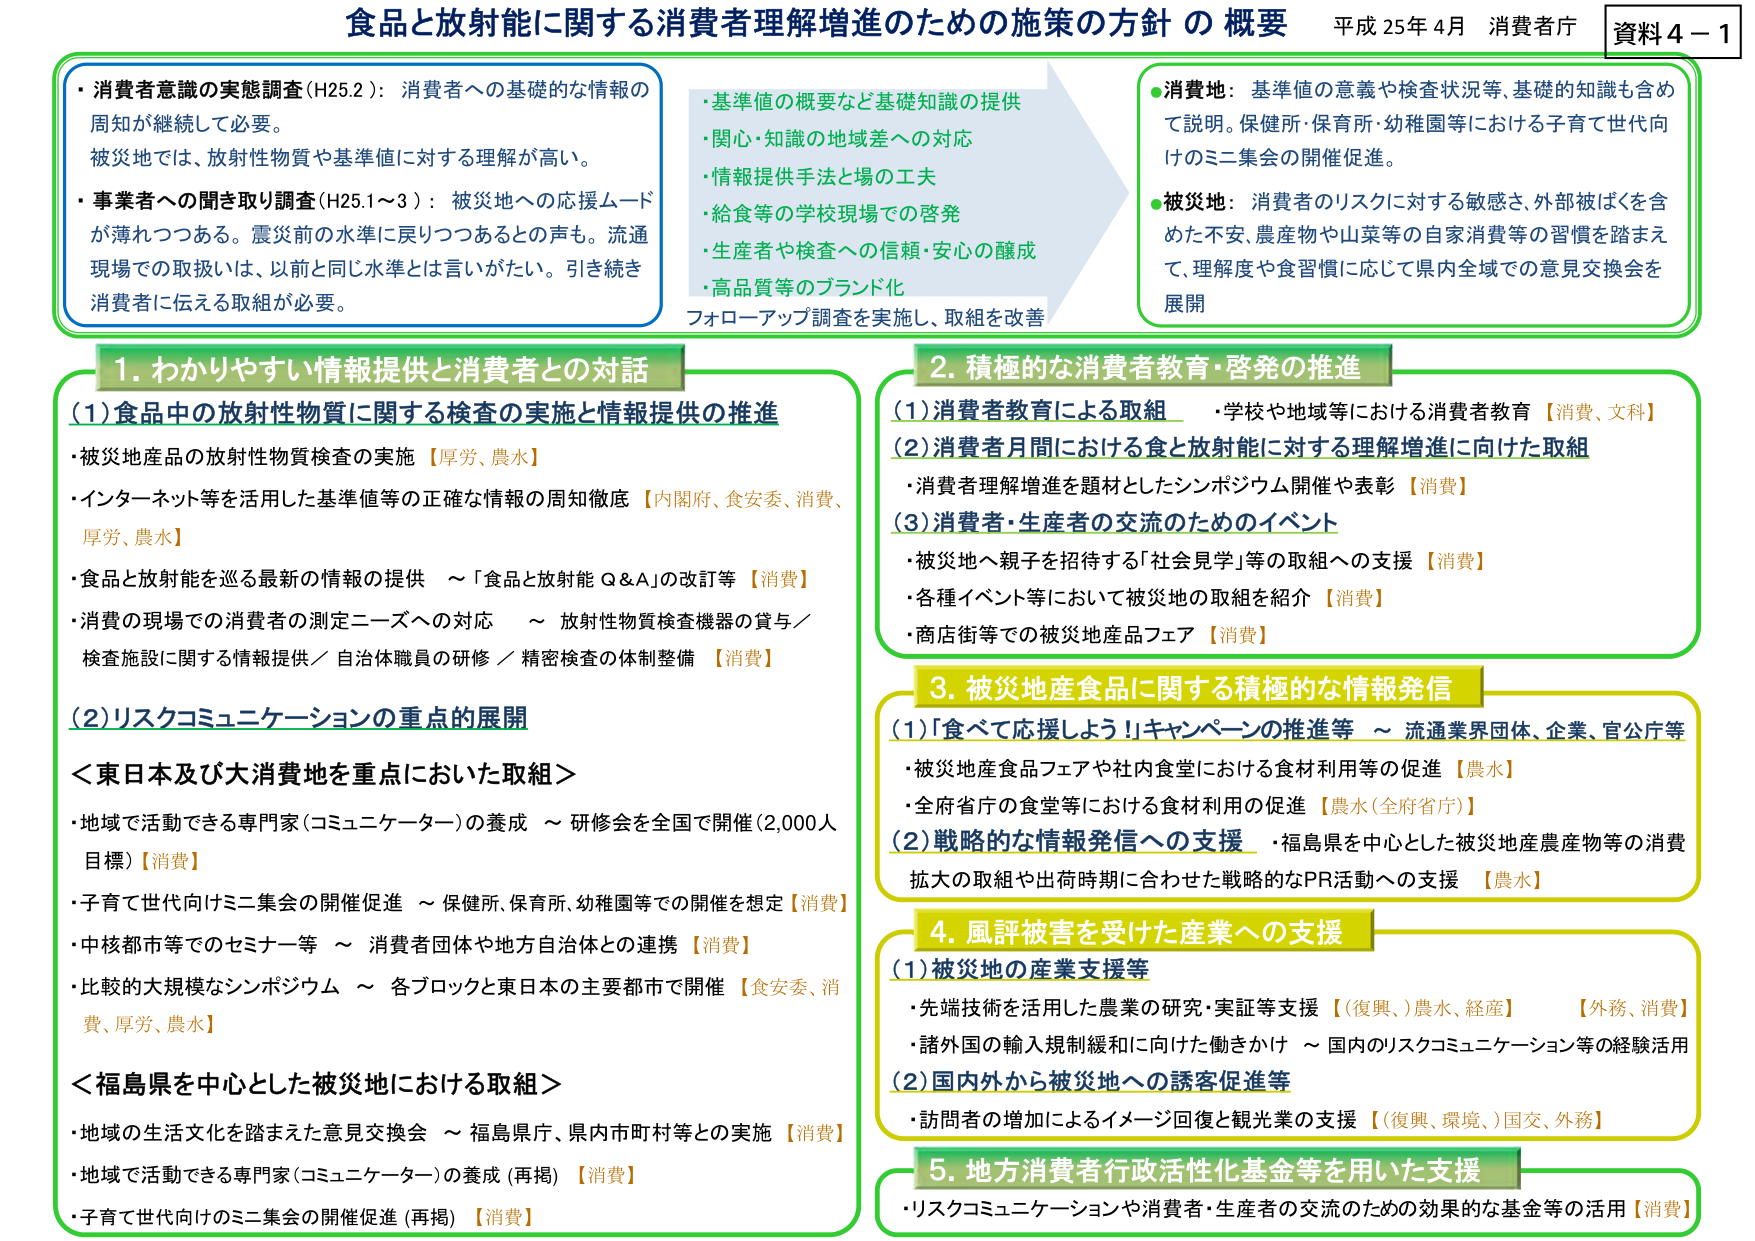
食品と放射能に関する消費者理解増進のための施策の方針 の 概要 平成 25年 4月 消費者庁 資料 4－1

・消費者意識の実態調査（H25.2）：消費者への基礎的な情報の周知が継続して必要。被災地では、放射性物質や基準値に対する理解が高い。
・事業者への聞き取り調査（H25.1～3）：被災地への応援ムードが薄れつつある。震災前の水準に戻りつつあるとの声も。流通現場での取扱いは、以前と同じ水準とは言いがたい。引き続き消費者に伝える取組が必要。

・基準値の概要など基礎知識の提供
・関心・知識の地域差への対応
・情報提供手法と場の工夫
・給食等の学校現場での啓発
・生産者や検査への信頼・安心の醸成
・高品質等のブランド化
フォローアップ調査を実施し、取組を改善

・消費地：基準値の意義や検査状況等、基礎的知識も含めて説明。保健所・保育所・幼稚園等における子育て世代向けのミニ集会の開催促進。
・被災地：消費者のリスクに対する敏感さ、外部被ばくを含めた不安、農産物や山菜等の自家消費等の習慣を踏まえて、理解度や食習慣に応じて県内全域での意見交換会を展開

1. わかりやすい情報提供と消費者との対話
（1）食品中の放射性物質に関する検査の実施と情報提供の推進
・被災地産品の放射性物質検査の実施 【厚労、農水】
・インターネット等を活用した基準値等の正確な情報の周知徹底 【内閣府、食安委、消費、厚労、農水】
・食品と放射能を巡る最新の情報の提供 ～「食品と放射能 Q＆A」の改訂等 【消費】
・消費の現場での消費者の測定ニーズへの対応 ～ 放射性物質検査機器の貸与／検査施設に関する情報提供／自治体職員の研修／精密検査の体制整備 【消費】

（2）リスクコミュニケーションの重点的展開
＜東日本及び大消費地を重点においた取組＞
・地域で活動できる専門家（コミュニケーター）の養成 ～ 研修会を全国で開催（2,000人目標）【消費】
・子育て世代向けミニ集会の開催促進 ～ 保健所、保育所、幼稚園等での開催を想定【消費】
・中核都市等でのセミナー等 ～ 消費者団体や地方自治体との連携【消費】
・比較的大規模なシンポジウム ～ 各ブロックと東日本の主要都市で開催 【食安委、消費、厚労、農水】

＜福島県を中心とした被災地における取組＞
・地域の生活文化を踏まえた意見交換会 ～ 福島県庁、県内市町村等との実施【消費】
・地域で活動できる専門家（コミュニケーター）の養成（再掲）【消費】
・子育て世代向けのミニ集会の開催促進（再掲）【消費】

2. 積極的な消費者教育・啓発の推進
（1）消費者教育による取組 ～ 学校や地域等における消費者教育【消費、文科】
（2）消費者間における食と放射能に対する理解増進に向けた取組
・消費者理解増進を題材としたシンポジウム開催や表彰【消費】
（3）消費者・生産者の交流のためのイベント
・被災地へ親子を招待する「社会見学」等の取組への支援【消費】
・各種イベント等において被災地の取組を紹介【消費】
・商店街等での被災地産品フェア【消費】

3. 被災地産食品に関する積極的な情報発信
（1）「食べて応援しよう！」キャンペーンの推進等 ～ 流通業界団体、企業、官公庁等
・被災地産食品フェアや社内食堂における食材利用等の促進【農水】
・全府省庁の食堂等における食材利用の促進【農水（全府省庁）】
（2）戦略的な情報発信への支援 ～ 福島県を中心とした被災地産農産物等の消費拡大の取組や出荷時期に合わせた戦略的なPR活動への支援【農水】

4. 風評被害を受けた産業への支援
（1）被災地の産業支援等
・先端技術を活用した農業の研究・実証等支援【（復興、）農水、経産】【外務、消費】
・諸外国の輸入規制緩和に向けた働きかけ ～ 国内のリスクコミュニケーション等の経験活用
（2）国内外から被災地への誘客促進等
・訪問者の増加によるイメージ回復と観光業の支援【（復興、環境、）国交、外務】

5. 地方消費者行政活性化基金等を用いた支援
・リスクコミュニケーションや消費者・生産者の交流のための効果的な基金等の活用【消費】